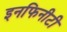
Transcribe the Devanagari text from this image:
इनफिनीटी